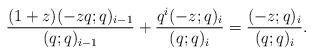
LaTeX: \begin{align*}\frac{(1+z)(-zq;q)_{i-1}}{(q;q)_{i-1}}+\frac{q^i (-z;q)_i}{(q;q)_i}=\frac{(-z;q)_i}{(q;q)_i}.\end{align*}